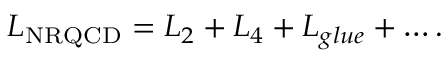
{ \cal L } _ { \mathrm { N R Q C D } } = { \cal L } _ { 2 } + { \cal L } _ { 4 } + { \cal L } _ { g l u e } + \ldots .